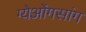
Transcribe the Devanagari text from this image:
ग्येओंगसांग